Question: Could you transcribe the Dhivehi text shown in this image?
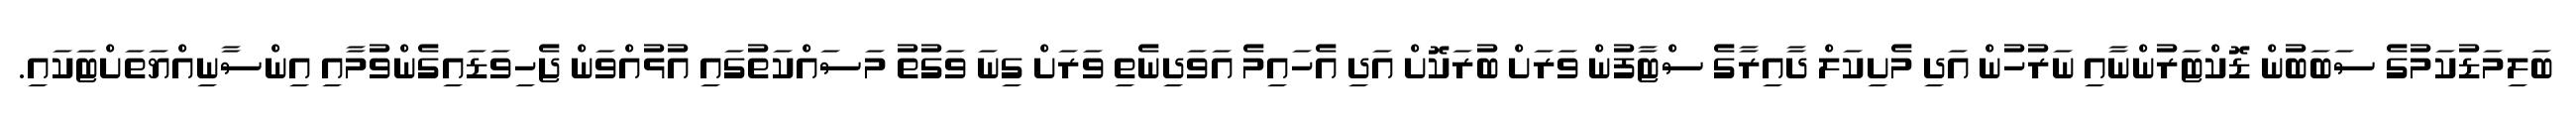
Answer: ބަލިމަޑުކަމުގެ ސަބަބުން ޑޮކްޓަރުންނާއި ނަރުހުން އަދި މެށިކަލް ދާއިރާގެ ސްޓާފުން ވަރަށް ބުރަކޮށް އަދި އެހައިމެ އަވަދިނެތި ވަރަށް ގިނަ ވަގުތު މަސައްކަތުގައި އުޅުއްވަން ޖެހިވަޑައިގެންވުމާއި އިންސާނިއްޔަތަށްޓަކައި.